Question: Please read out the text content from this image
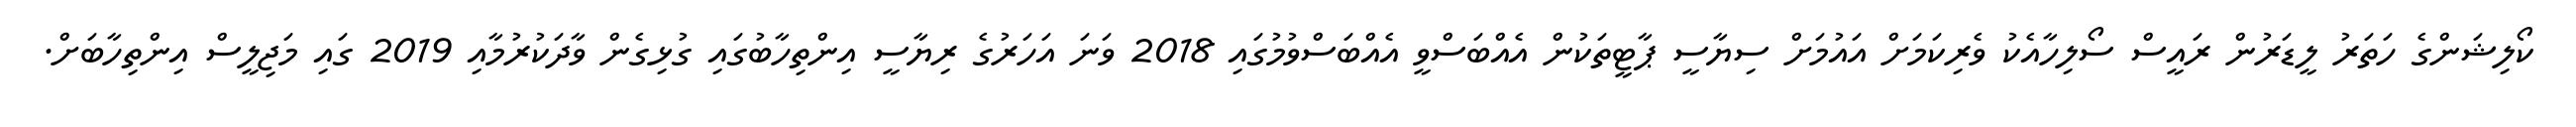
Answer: ކޯލިޝަންގެ ހަތަރު ލީޑަރުން ރައީސް ސޯލިހާއެކު ވެރިކަމަށް އައުމަށް ސިޔާސީ ޕާޓީތަކުން އެއްބަސްވީ އެއްބަސްވުމުގައި 2018 ވަނަ އަހަރުގެ ރިޔާސީ އިންތިހާބުގައި ގުޅިގެން ވާދަކުރުމާއި 2019 ގައި މަޖިލީސް އިންތިހާބަށް.